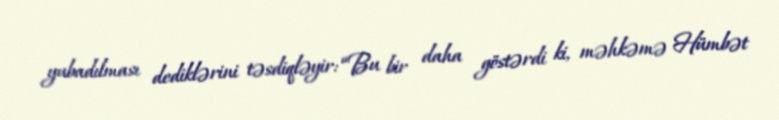
yubadılması dediklərini təsdiqləyir: “Bu bir daha göstərdi ki, məhkəmə Hümbət